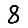
Digit: 8